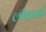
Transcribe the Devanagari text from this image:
लीकाई